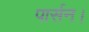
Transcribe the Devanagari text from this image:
पार्सन।